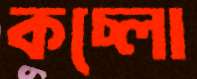
কচ্‌লো